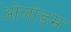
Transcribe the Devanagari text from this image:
ओलोडम